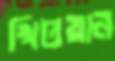
খিতয়ান